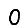
Digit: 0